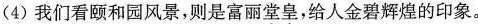
（4）我们看颐和园风景，则是富丽堂皇，给人金碧辉煌的印象。